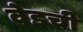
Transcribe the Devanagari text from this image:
वेडची